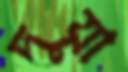
দুয়া